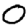
Digit: 0